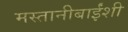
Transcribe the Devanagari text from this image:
मस्तानीबाईंशी